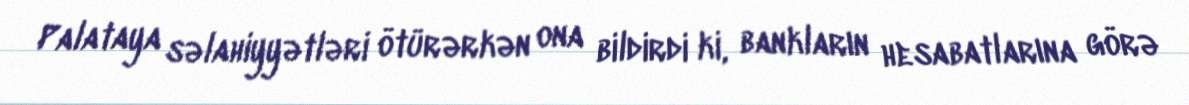
Palataya səlahiyyətləri ötürərkən ona bildirdi ki, bankların hesabatlarına görə